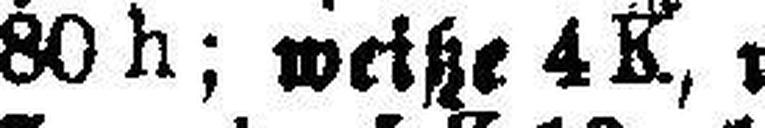
80 h; weiße 4 K, weiße